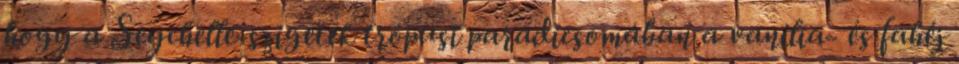
hogy a Seychelle-szigetek trópusi paradicsomában a vanília- és fahéj